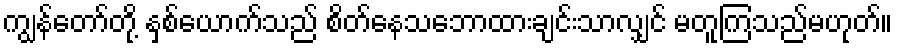
ကျွန်တော်တို့ နှစ်ယောက်သည် စိတ်နေသဘောထားချင်းသာလျှင် မတူကြသည်မဟုတ်။